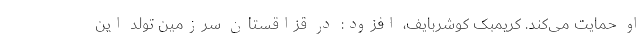
او حمایت می‌کند. کریمبک کوشربایف، افزود: در قزاقستان سرزمین تولد این